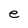
Character: e